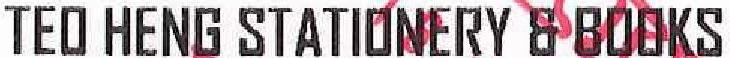
TEO HENG STATIONERY & BOOKS